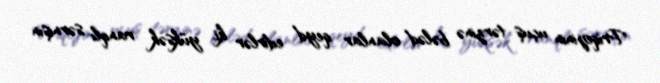
Priqojinin uçuş tərzinə bələd olanlar qeyd edirlər ki, yüksək ranqlı sərnişin